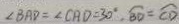
\angle B A D = \angle C A D = 3 0 ^ { \circ } , \widehat { B D } = \overline { C D }